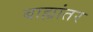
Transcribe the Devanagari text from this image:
बाह्यांतर